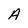
Character: A